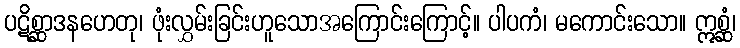
ပဋိစ္ဆာဒနဟေတု၊ ဖုံးလွှမ်းခြင်းဟူသောအကြောင်းကြောင့်။ ပါပကံ၊ မကောင်းသော။ ဣစ္ဆံ၊